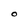
Character: O